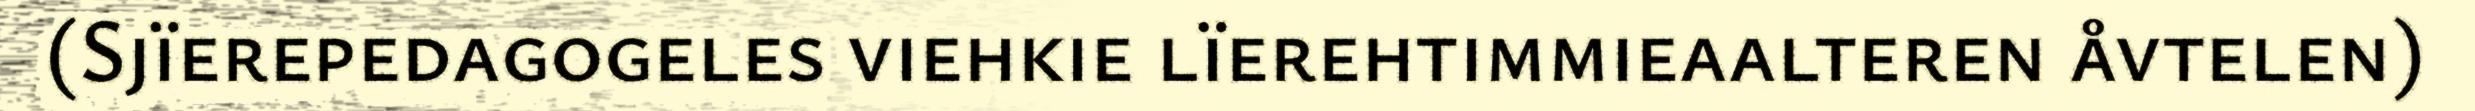
(Sjïerepedagogeles viehkie lïerehtimmieaalteren åvtelen)